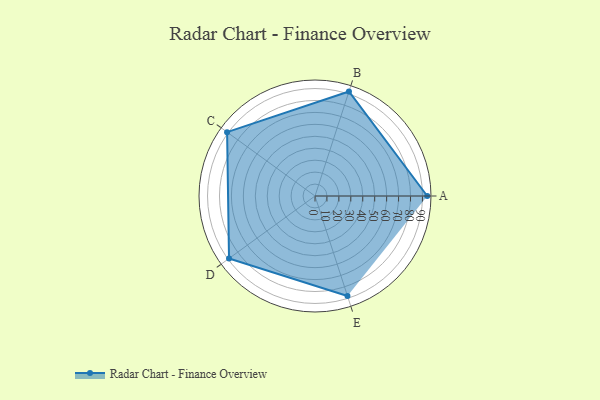
{"axis": {"x": "Skill", "y": "Score"}, "legend": ["Profile"], "data": [{"x": "A", "y": 94.0, "type": "Profile"}, {"x": "B", "y": 92.0, "type": "Profile"}, {"x": "C", "y": 91.0, "type": "Profile"}, {"x": "D", "y": 89.0, "type": "Profile"}, {"x": "E", "y": 88.0, "type": "Profile"}]}